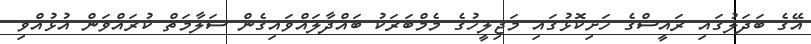
އޭގެ ބަދަލުގައި ރައީސްގެ ހަށިކޮޅުގައި މަޖިލީހުގެ މެމްބަރަކު ބައްދާލައްވައިގެން ސަލާމަތް ކުރައްވަން އުޅުއްވި